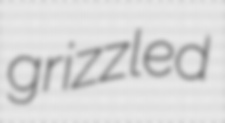
grizzled